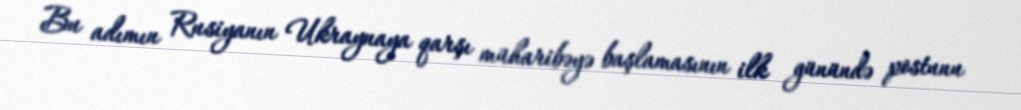
Bu adımın Rusiyanın Ukraynaya qarşı müharibəyə başlamasının ilk günündə postunu